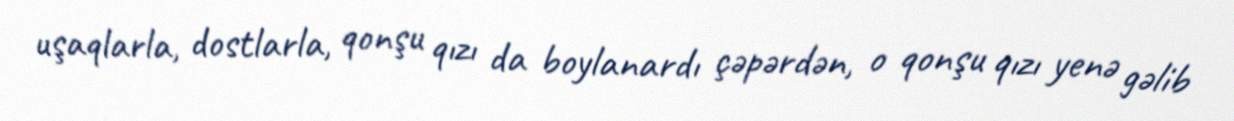
uşaqlarla, dostlarla, qonşu qızı da boylanardı çəpərdən, o qonşu qızı yenə gəlib